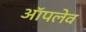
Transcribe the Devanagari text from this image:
ऑपलेव